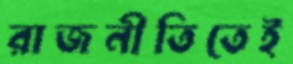
রাজনীতিতেই